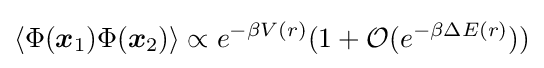
\langle \Phi ({\boldsymbol {x}}_{1})\Phi ({\boldsymbol {x}}_{2})\rangle \propto e^{-\beta V(r)}(1+{\mathcal {O}}(e^{-\beta \Delta E(r)}))